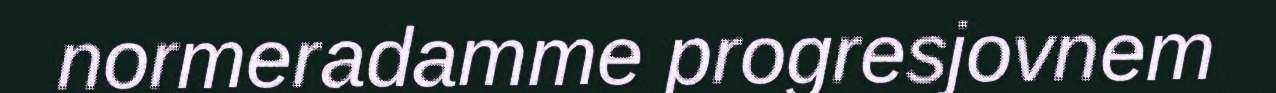
normeradamme progresjovnem